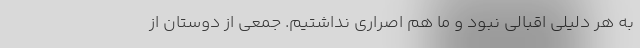
به هر دلیلی اقبالی نبود و ما هم اصراری نداشتیم. جمعی از دوستان از